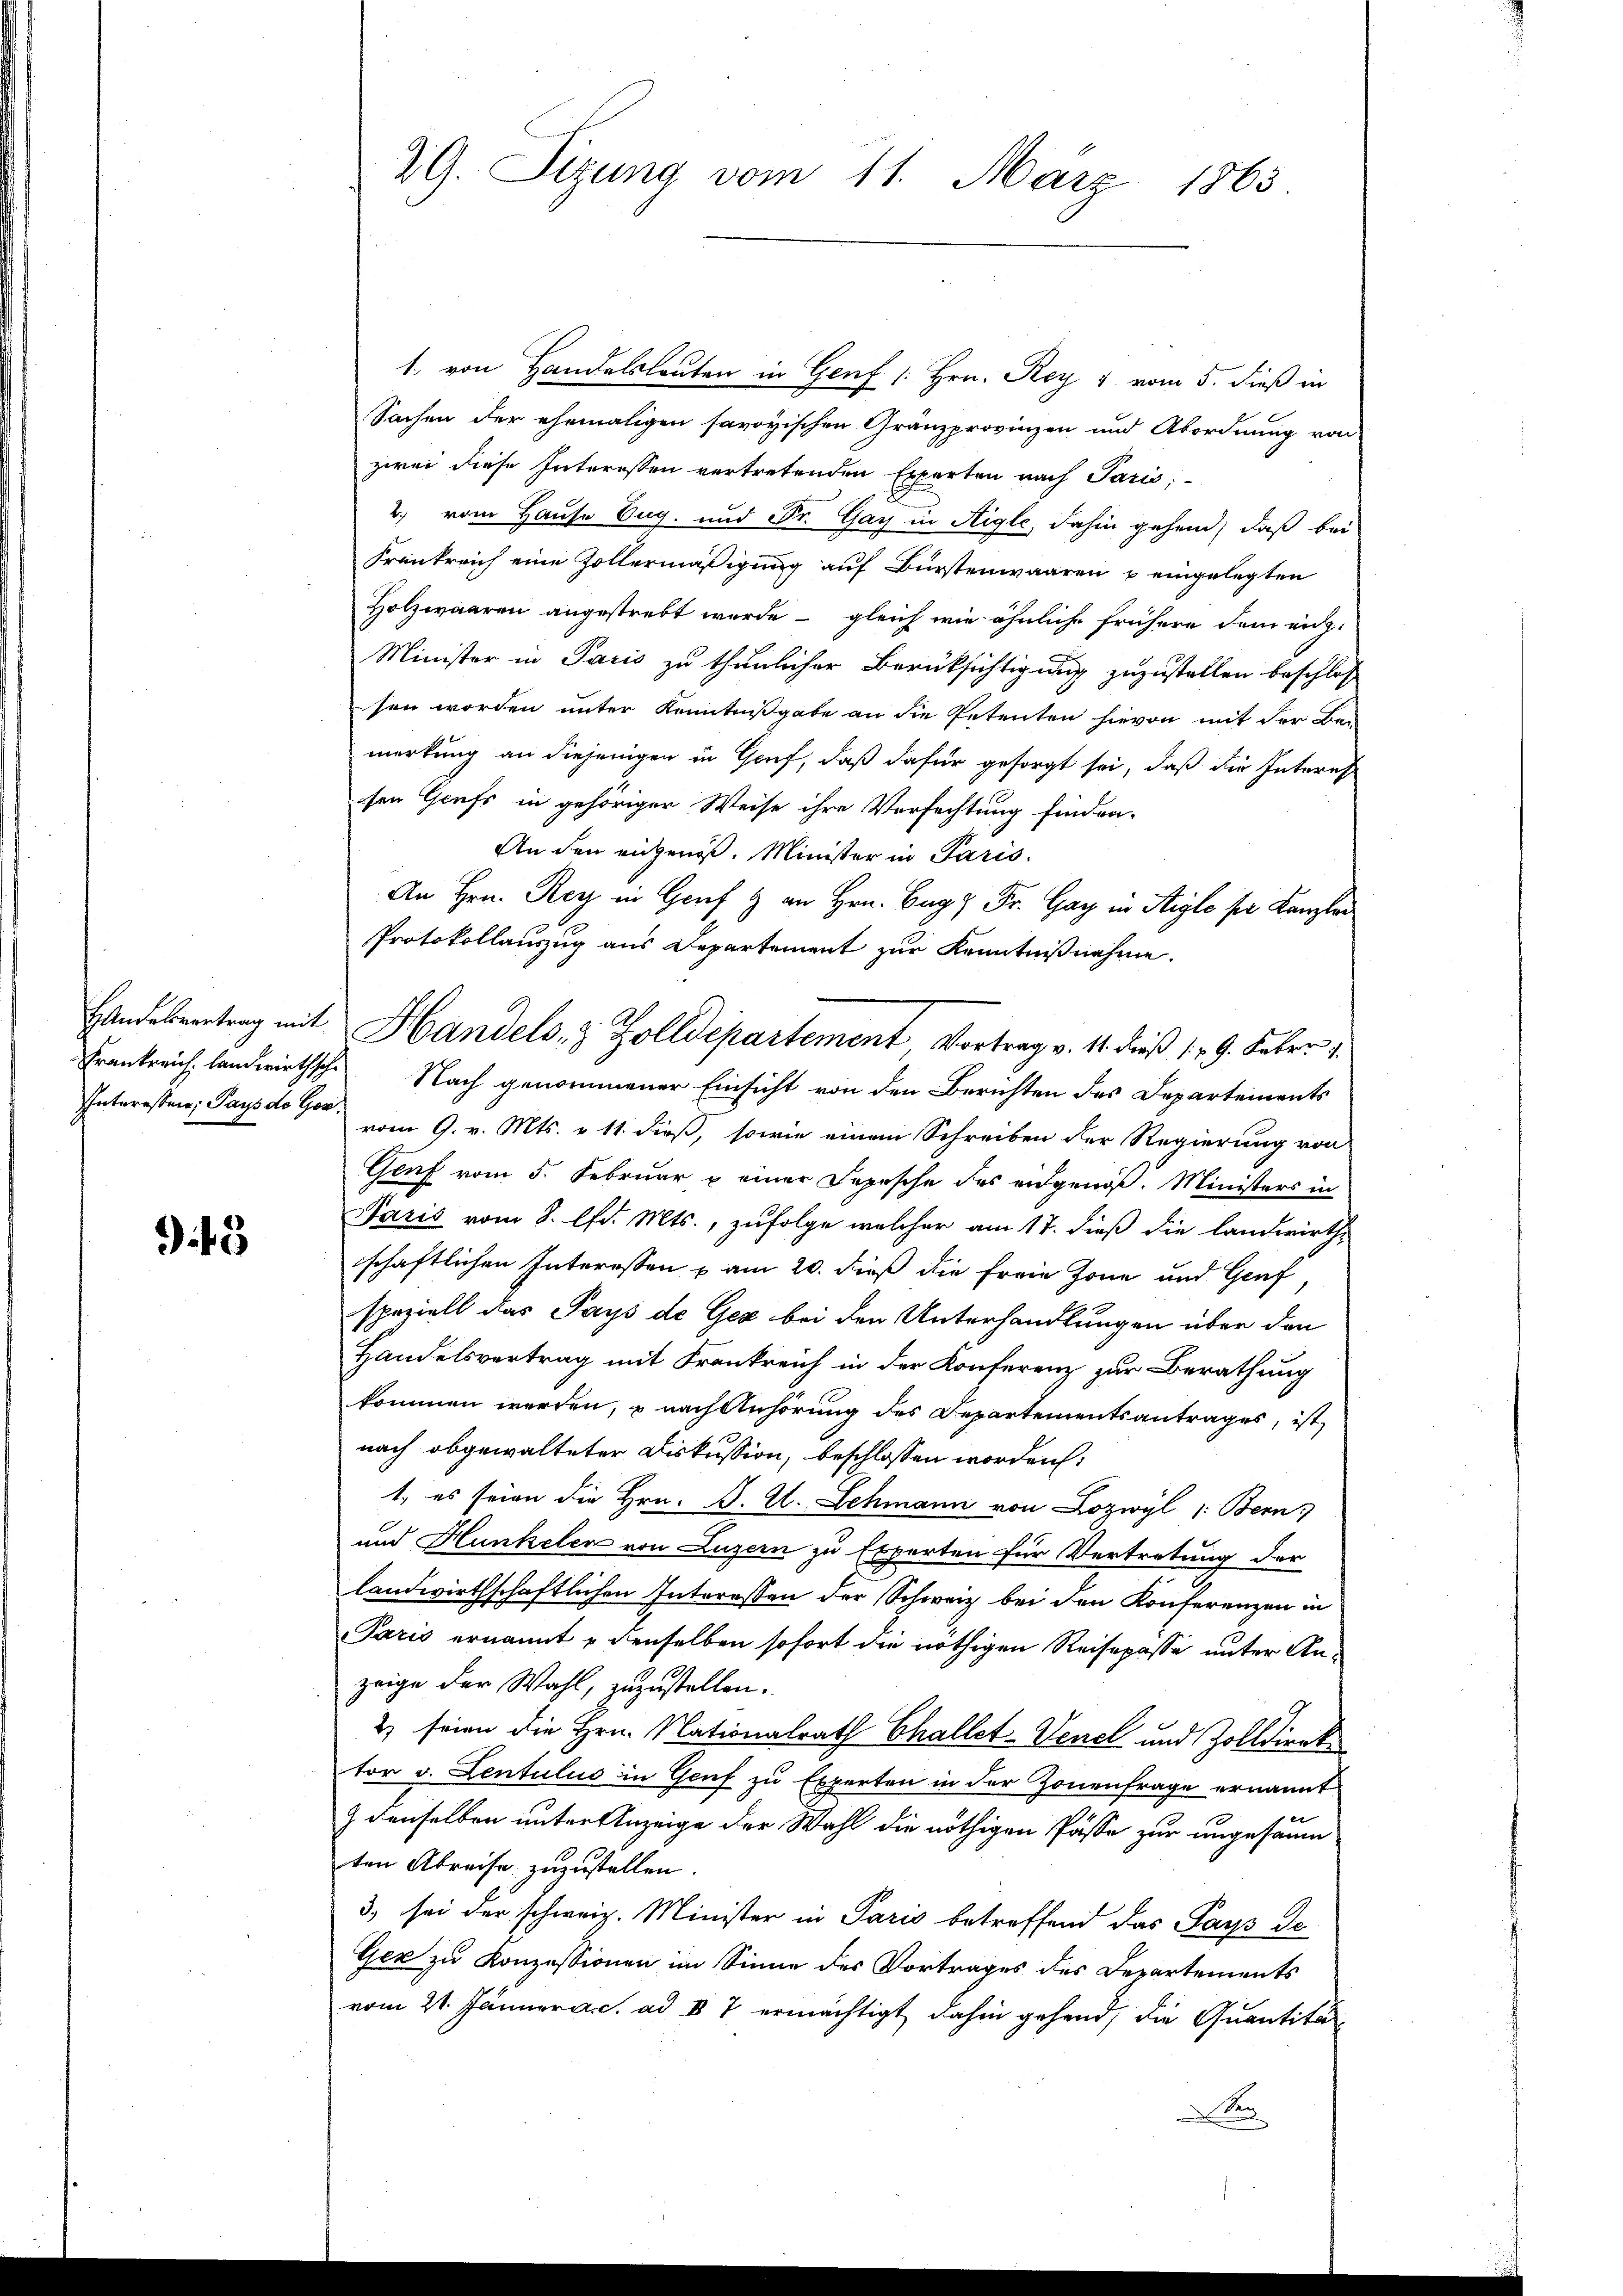
Handelsvertrag mit
Frankreich, landwirthsche
Interessen, Pays de Ges.

3

29. Sizung vom 11. März 1863.

1. von Handelsleuten in Genf (: Hrn. Rey 1 vom 5. dieß in
Sachen der ehemaligen savoyischen Gränzprovinzen und Abordnung von
zwei diese Interessen vertretenden Experten nach Paris,
2. vom Hause Zug. und Fr. Gay in Aigle, dahin gehend, daß bei
Frankreich eine Zollermäßigung auf Bürstenwaaren u eingelegten
Holzwaaren angestrebt wurde - gleich wie ähnliche frühere dem eich-
Minister in Paris zu thunlicher Berücksichtigung zuzustellen beschlos
sen worden unter Kenntnißgabe an die Petenten hievon mit der Bei
merkung an diejenigen in Genf, daß dafür gesorgt sei, daß die Interes
sen Grufs in gehöriger Weise ihre Verfachtung finden-
An den angenoß. Minister in Paris.
An Hrn. Rey in Graf & an Hrn. Bug Fr. Gay in Aigle ser Kanzler
Protokollauszug aus Departement zur Kenntnißnahme.
Handels- & Zolldepartement Vortrag v. 11. dieß 19. Feber 1.
Nach genommener Einsicht von den Berichten des Departements
vom 9. v. Mts. v. 11. dieß, sowie einem Schreiben der Regierung von
Genf vom 5. Februar & einer Depesche des eidgenöß. Ministers in
Naris vom 8. lfd. Mts., zufolge welcher am 17. dieß die landwirth-
schaftlichen Interessen u am 20. dieß die freie Zone und Genf,
speziell das Pays de Gez bei den Unterhandlungen über den
Handelsvertrag mit Frankreich in der Konferenz zur Berathung
kommen werden, u nach Anhörung des Departementsantrages, ist,
nach abgewalteter Diskussion, beschlossen worden:
1. es seien die Hrn. J. U. Lehmann von Lozwyl /: Bern
und Hunkelca von Luzern zu Experten für Vertretung der
landwirthschaftlichen Interessen der Schweiz bei den Konferenzen in
Paris ernannt & denselben sofort die nöthigen Reisepasse unter Anzeige der Wahl, zuzustellen.
2) seien die Hrn. Nationalrath Challet-Venel und Zolldirek
tor v. Lentulus in Genf zu Experten in der Zonenfrage ernannt.
1
) denselben unter Anzeige der Wahl die nöthigen Pässe zur ungesamm
ten Abreise zuzustellen.
3. sei der schweiz. Minister in Paris betreffend das Pays de
Gex zu Konzessionen im Sinne des Vortrages des Departements
vom 21. Jänner a.c. ad V 7 ermächtigt dahin gehend, die Quantitä
Ser